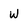
Character: W